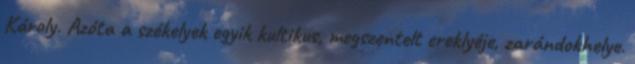
Károly. Azóta a székelyek egyik kultikus, megszentelt ereklyéje, zarándokhelye.